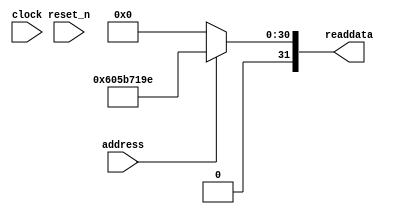
module CPEN391_Computer_SysID (
               // inputs:
                address,
                clock,
                reset_n,

               // outputs:
                readdata
             )
;

  output  [ 31: 0] readdata;
  input            address;
  input            clock;
  input            reset_n;

  wire    [ 31: 0] readdata;
  //control_slave, which is an e_avalon_slave
  assign readdata = address ? 1616605598 : 0;

endmodule